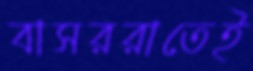
বাসররাতেই